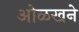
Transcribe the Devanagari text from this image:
ओळखने